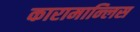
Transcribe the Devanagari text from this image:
कारामान्लिस